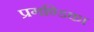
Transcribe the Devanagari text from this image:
प्रगण्डिका